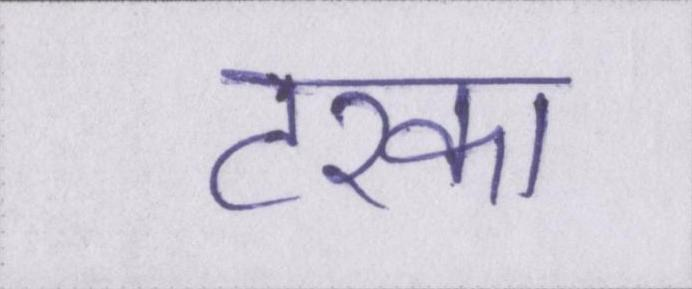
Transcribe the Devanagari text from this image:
टरका